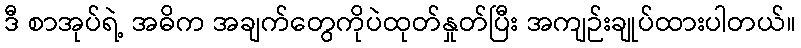
ဒီ စာအုပ်ရဲ့ အဓိက အချက်တွေကိုပဲထုတ်နှုတ်ပြီး အကျဉ်းချုပ်ထားပါတယ်။